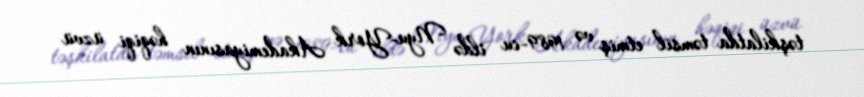
təşkilatda təmsil etmiş və 1989-cu ildə Nyu-York Akademiyasının həqiqi üzvü